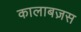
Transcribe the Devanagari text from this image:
कालाबज़स